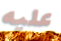
عليه